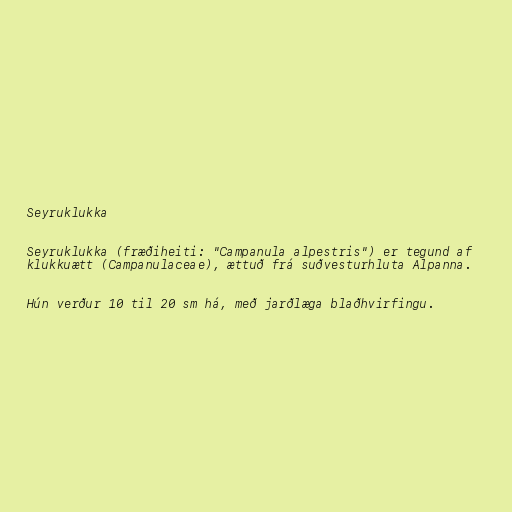
Seyruklukka

Seyruklukka (fræðiheiti: "Campanula alpestris") er tegund af
klukkuætt (Campanulaceae), ættuð frá suðvesturhluta Alpanna.

Hún verður 10 til 20 sm há, með jarðlæga blaðhvirfingu.